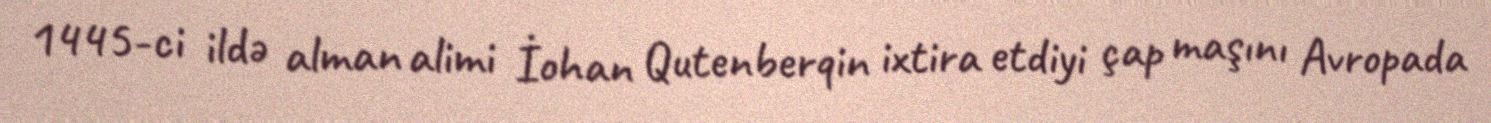
1445-ci ildə alman alimi İohan Qutenberqin ixtira etdiyi çap maşını Avropada